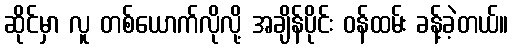
ဆိုင်မှာ လူ တစ်ယောက်လိုလို့ အချိန်ပိုင်း ဝန်ထမ်း ခန့်ခဲ့တယ်။